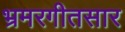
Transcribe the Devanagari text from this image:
भ्रमरगीतसार